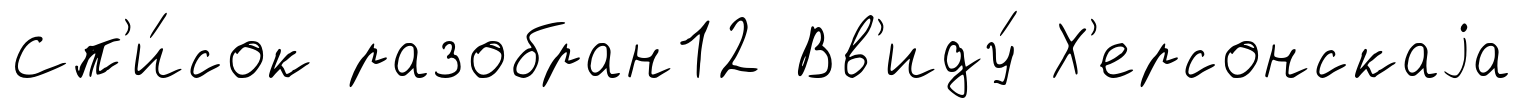
Сп'и́сок разобран12 Вв'иду́ Х'ерсонскаjа